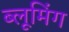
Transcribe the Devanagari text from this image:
ब्लूमिंग